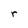
Character: r